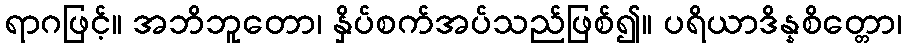
ရာဂဖြင့်။ အဘိဘူတော၊ နှိပ်စက်အပ်သည်ဖြစ်၍။ ပရိယာဒိန္နစိတ္တော၊